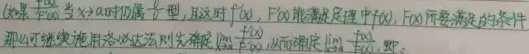
(3) 如果 \(\lim\limits_{x \to a}\frac{f(x)}{F(x)}\) 当 \(x \to a\) 时仍属于 \(\frac{0}{0}\) 型，且这时 \(f(x)\)，\(F(x)\) 能满足定理中 \(f(x)\)，\(F(x)\) 所要满足的条件，那么可继续施用洛必达法则先确定 \(\lim\limits_{x \to a}\frac{f'(x)}{F'(x)}\)，从而确定 \(\lim\limits_{x \to a}\frac{f(x)}{F(x)}\)，即：